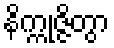
နိက္ကုဇ္ဇိတွာ